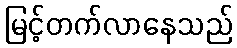
မြင့်တက်လာနေသည်